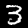
Label: 3